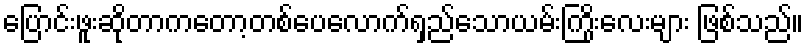
ပြောင်းဖူးဆိုတာကတော့တစ်ပေလောက်ရှည်သောယမ်းကြိုးလေးများ ဖြစ်သည်။